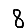
Digit: 8